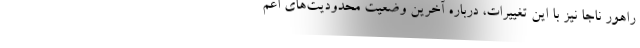
راهور ناجا نیز با این تغییرات، درباره آخرین وضعیت محدودیت‌های اعم